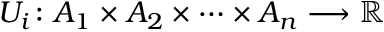
U _ { i } \colon A _ { 1 } \times A _ { 2 } \times \cdots \times A _ { n } \longrightarrow \mathbb { R }